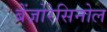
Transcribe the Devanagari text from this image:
बेंज़ोरेसिनोल